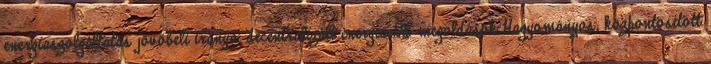
energiaszolgáltatás jövőbeli iránya: decentralizált energia DE megoldások Hagyományos, központosított